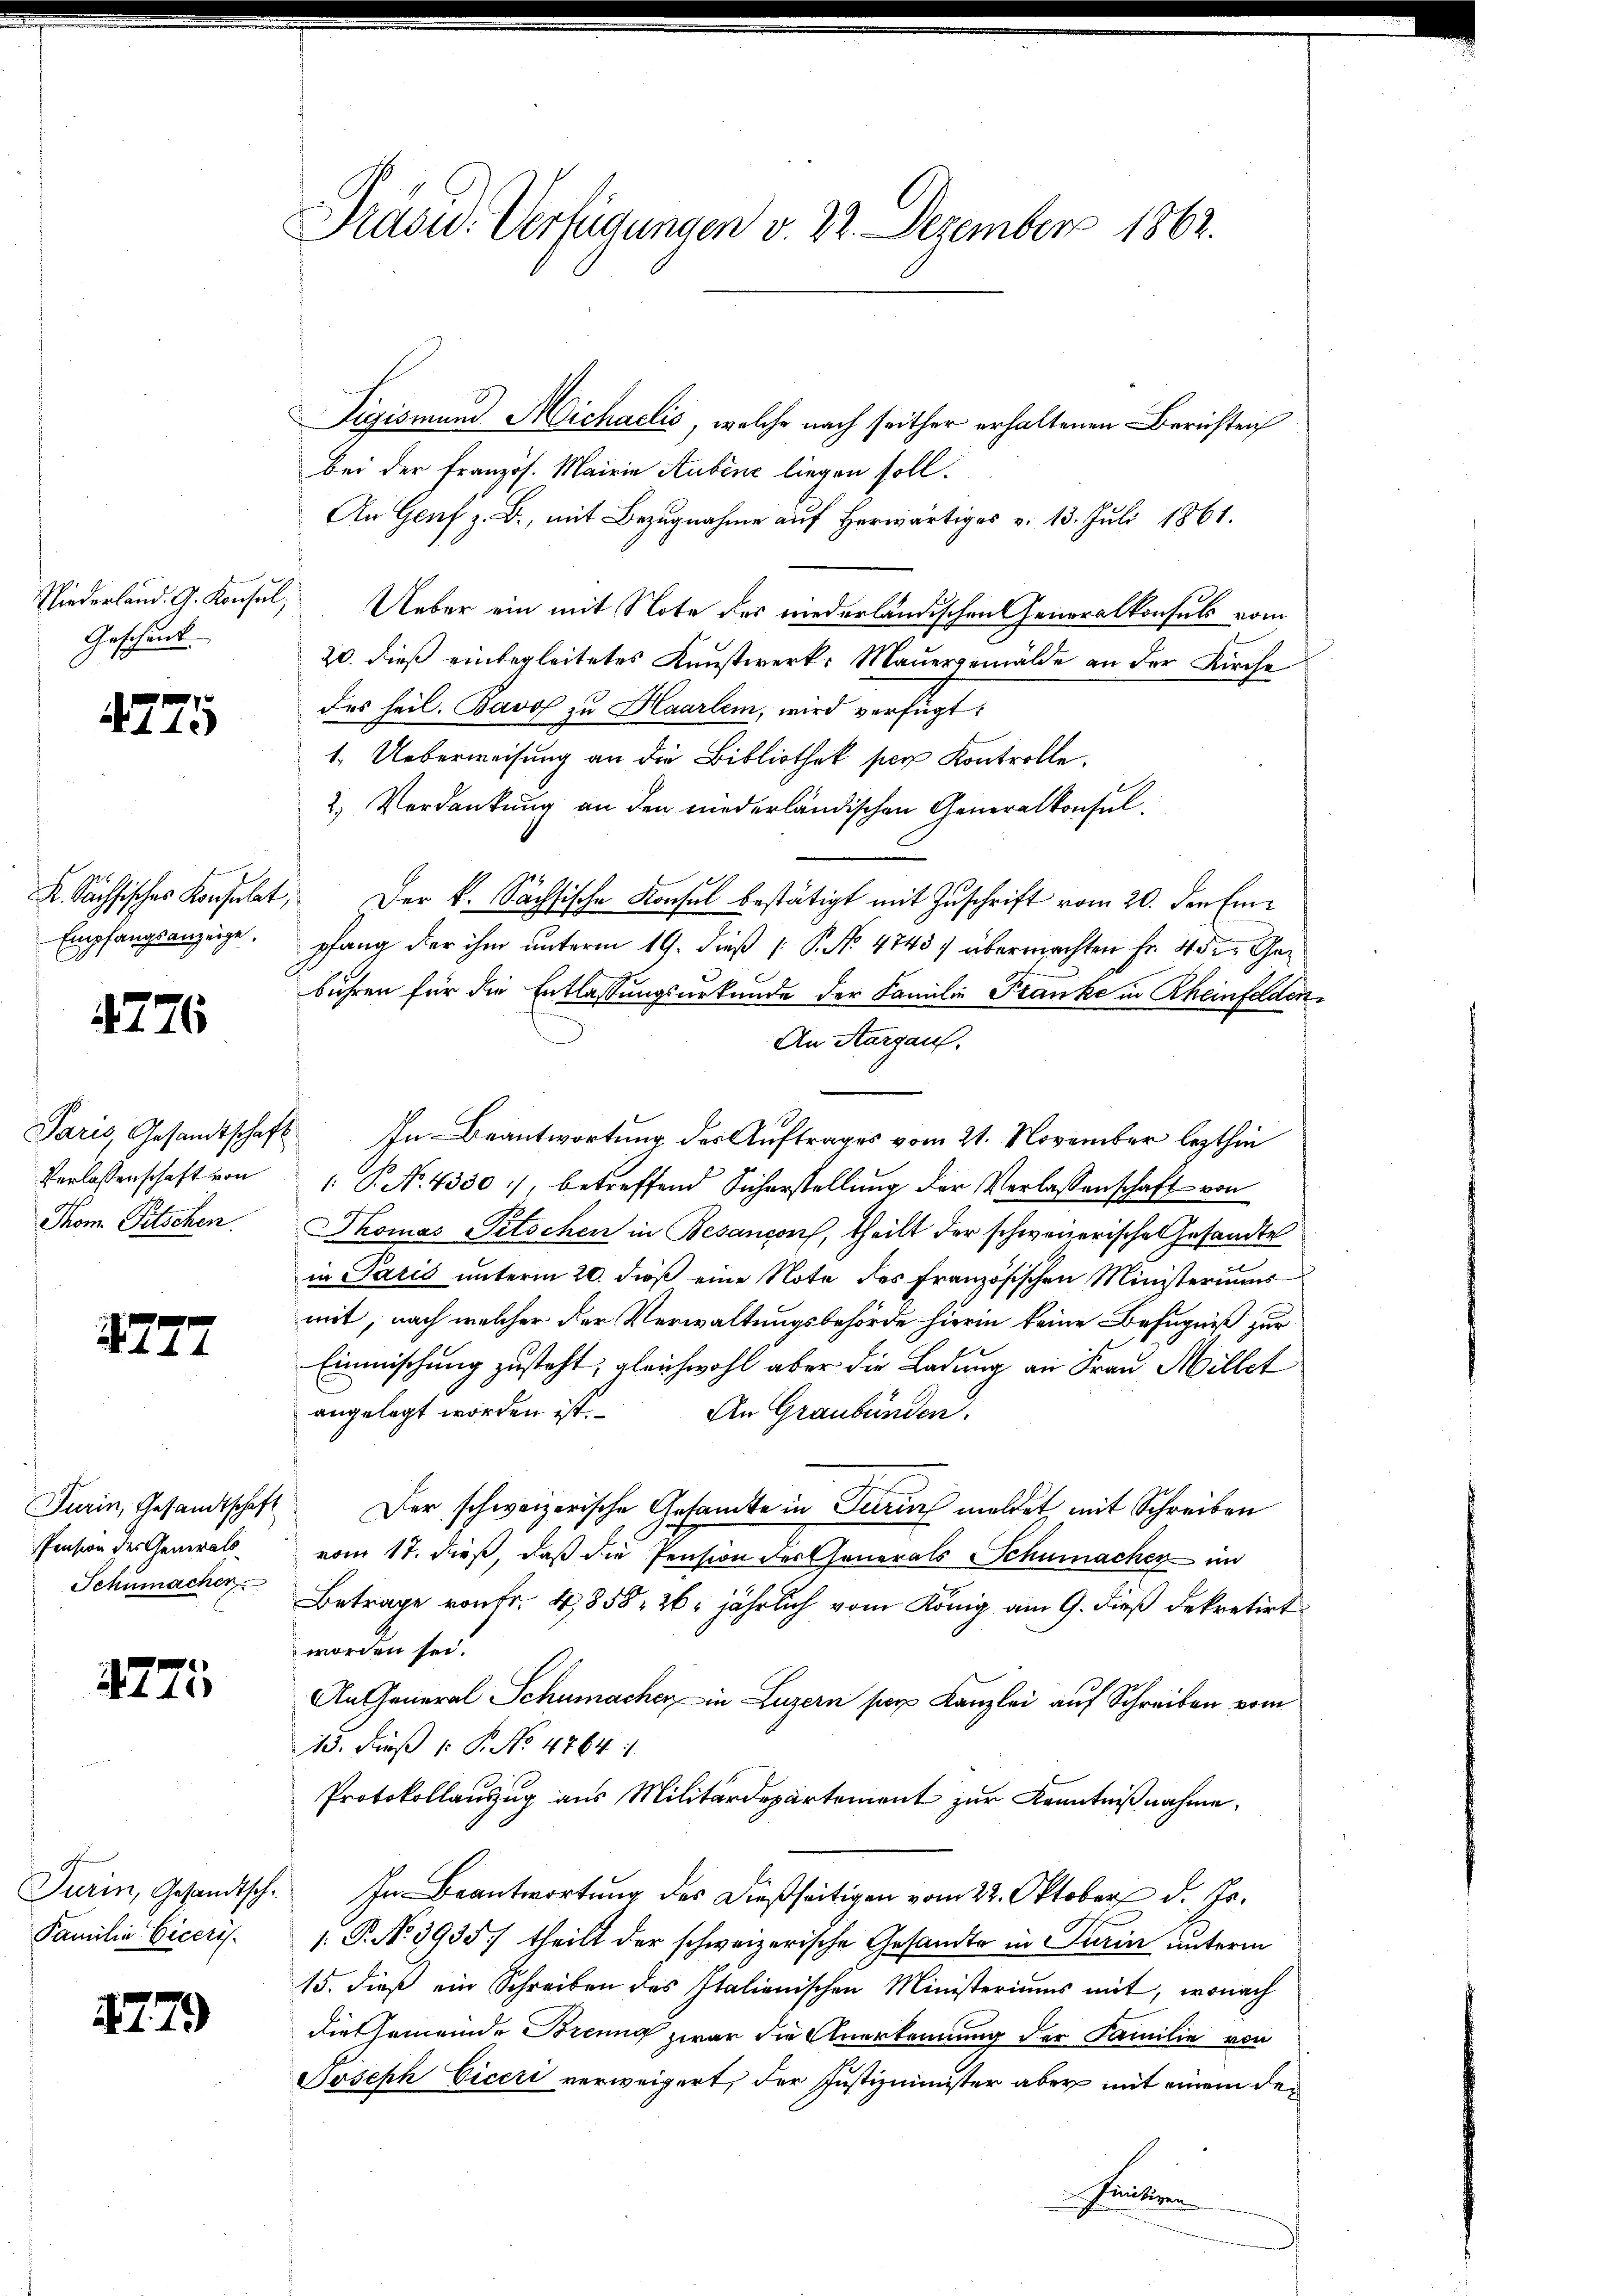
Niederland. G. Konsul,
Geschänk

4775

Empfangsanzeige
4776

Thom. Pitschen.

2777

Pension der Generals
Schumachen

4775

Familie Ciceris

479

Prasw. Verfügungen v. 22. Dezember 1862.

Sigismund Michaelis, welche nach seither erhaltenen Berichten
bei der Französ. Mairie Aubine liegen soll.
An Genf z. B., mit Bezugnahme auf herwärtiges v. 13. Juli 1861.
Ueber ein mit Note des niederländischen Generalkonsuls vom
20. dieß einbegleitetes Kunstwerke Mauergemälde an der Kirche
des heil. Bavos zu Haarlem, wird verfügt:
1. Ueberweisung an die Bibliothek per Kontrolle.
2.) Verdankung an den niederländischen Generalkonsul¬
K. Sächsisches Konsulat, der k. Sächsische Konsul bestätigt mit Zuschrift vom 20. den Einpfang der ihm unterm 19. dieß P. No 4743 :/ übermachten Fr. 4 der Gebühren für die Entlassungsurkunde der Familie Franke in Rheinfaden¬
An Aargau.
Paris Gesandtschaft. In Beantwortung der Auftrages vom 21. November lezthin
Verlassenschaft von P. No. 4330), betreffend Sicherstellung der Verlassenschaft von
Thomas Titschen in Besanconf, theilt der schwererische Gesandte
in Paris unterm 20. dieß eine Note des französischen Ministeriums
mit, nach welcher der Verwaltungsbehörde hierin keine Befugniß zur
Einmischung zusteht, gleichwohl aber die Ladung an Frau Millet
angelegt worden ist.
An Graubünden.
Turin, Gesandtschaft der schweizerische Gesamte in Turin meldet, mit Schreiben
vom 17. dieß, daß die Pension der Generals Schumacher im
Betrage von Fr. 4858, 26. jährlich vom König am 9. dieß dekretirt
worden sei.
An General Schumacher in Luzern per Kanzlei auf Schreiben vom
13. dieß P. No 4764
Protokollauszug aus Militärdepartement zur Kenntnißnahme,
Turin, Gesandtsch. In Beantwortung des dießseitigen vom 22. Oktober d. Js.
: P. No. 3935) theilt der schweizerische Gesandte in Turin unterm
15. dieß ein Schreiben des Italienischen Ministeriums mit, wonach
die Gemeinde Brenng zwar die Anerkennung der Familie von
Joseph Ciceri verweigert, der Justizminister aber mit einem den
feiteren